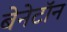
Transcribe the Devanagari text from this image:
बेनेटॉन